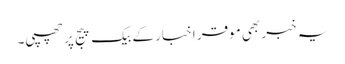
یہ خبر بھی موقر اخبار کے بیک پیج پر چھپی۔